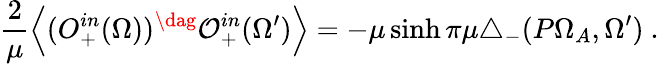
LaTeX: \frac{2}{\mu}\left<(O_{+}^{in}(\Omega))^{\dag}\mathcal{O}_{+}^{in}(\Omega^{\prime})\right>=-\mu\sinh\pi\mu\triangle_{-}(P\Omega_{A},\Omega^{\prime})\ .